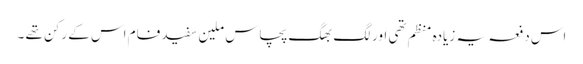
اس دفعہ یہ زیادہ منظم تھی اور لگ بھگ پچاس ملین سفید فام اس کے رکن تھے ۔